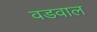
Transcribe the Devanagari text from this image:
वडवाल